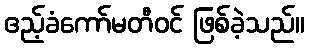
ဧည့်ခံကော်မတီဝင် ဖြစ်ခဲ့သည်။